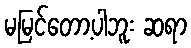
မမြင်တော့ပါဘူး ဆရာ